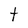
Character: t